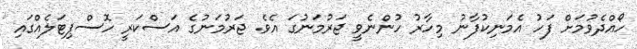
ހޯއްދެވުމަށް ފަހު އެމަނިކުފާނު މިހާރު ހުންނެވީ ޖަރުމަނުގަ އެވެ. ޖަރުމަނުގެ އަސްކަރީ ހޮސްޕިޓަލެއްގައި